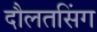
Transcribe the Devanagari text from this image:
दौलतसिंग